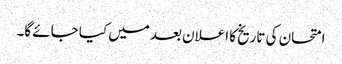
امتحان کی تاریخ کا اعلان بعد میں کیا جائے گا۔